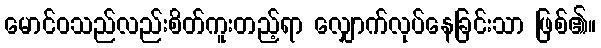
မောင်ဝသည်လည်းစိတ်ကူးတည့်ရာ လျှောက်လုပ်နေခြင်းသာ ဖြစ်၏။